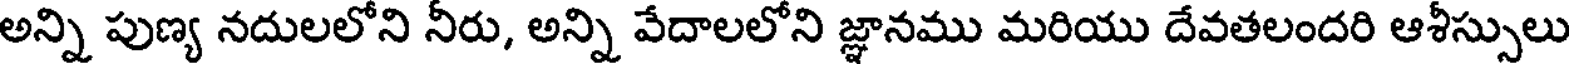
అన్ని పుణ్య నదులలోని నీరు, అన్ని వేదాలలోని జ్ఞానము మరియు దేవతలందరి ఆశీస్సులు